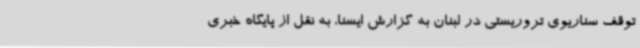
توقف سناریوی تروریستی در لبنان به گزارش ایسنا، به نقل از پایگاه خبری